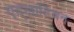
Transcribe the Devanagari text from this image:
एट्लांटियन